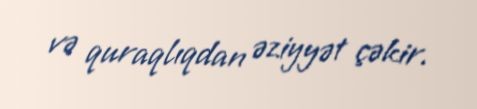
və quraqlıqdan əziyyət çəkir.